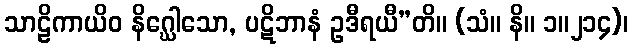
သာဠိကာယိဝ နိဂ္ဃေါသော, ပဋိဘာနံ ဥဒီရယီ”တိ။ (သံ။ နိ။ ၁။၂၁၄)၊